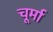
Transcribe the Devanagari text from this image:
चूर्मा